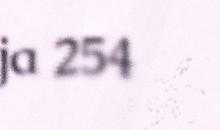
ja 254